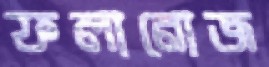
ফলানোজ